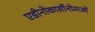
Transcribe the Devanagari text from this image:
एडीनोकार्सीनोमाओं